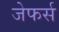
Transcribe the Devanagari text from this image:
जेफर्स